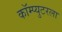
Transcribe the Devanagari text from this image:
कॉम्प्युटरला